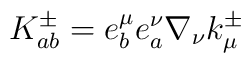
K^{\pm}_{a b} = e^{\mu}_{b} e^{\nu}_{a} \nabla_{\nu} k^{\pm}_{\mu}